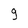
Character: g